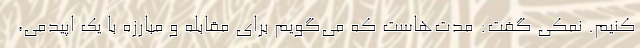
کنیم. نمکی گفت: مدت‌هاست که می‌گویم برای مقابله و مبارزه با یک اپیدمی،